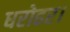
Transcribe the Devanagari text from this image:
धरोहर।